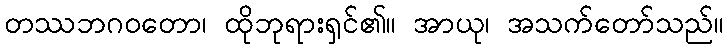
တဿဘဂဝတော၊ ထိုဘုရားရှင်၏။ အာယု၊ အသက်တော်သည်။